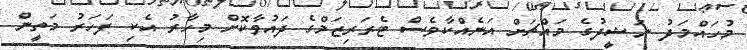
މުހައްމަދު ނަޝީދުގެ މައްޗަށް އަނެއްކާވެސް ޓެރަރިޒަމްގެ ދައުވާކޮށް މިހާރު އެކި ފަހަރު މަތީން